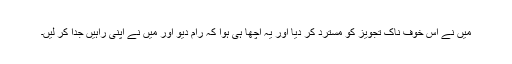
میں نے اس خوف ناک تجویز کو مسترد کر دیا اور یہ اچھا ہی ہوا کہ رام دیو اور میں نے اپنی راہیں جدا کر لیں۔